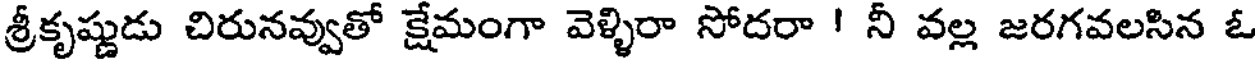
శ్రీకృష్ణుడు చిరునవ్వుతో క్షేమంగా వెళ్ళిరా సోదరా ! నీ వల్ల జరగవలసిన ఓ